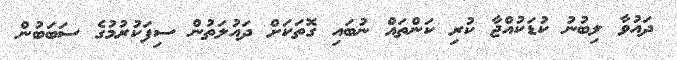
ދައުވާ ލިބުނު ކުޑަކުއްޖާ ކުރި ކަންތައް ނުބައި ގޮތަކަށް ދައުލަތުން ސިފަކުރުމުގެ ސަބަބުން